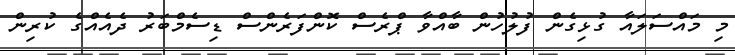
މި މައްސަލައާ ގުޅިގެން ފުލުހުން ބާއްވާ ޕްރެސް ކޮންފަރެންސް ޑިސެމްބަރު ދެއެއްގެ ކުރިން